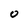
Character: O